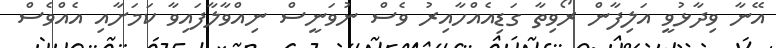
އޭނާ ވިދާޅުވީ އަލިފާން ރޯވިތާ ގަޑިއެއްހާއިރު ވެސް ނުވަނީސް ނިއްވާލާފައިވާ ކަމަށާއި އެއްވެސް